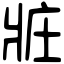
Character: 𤕸